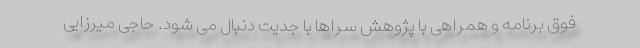
فوق برنامه و همراهی با پژوهش سراها با جدیت دنبال می شود. حاجی میرزایی